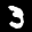
Label: 3